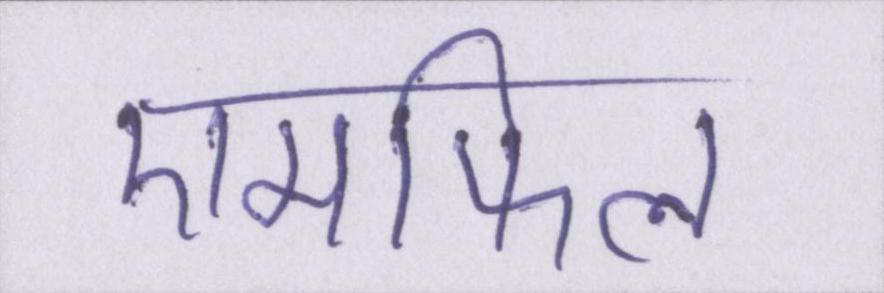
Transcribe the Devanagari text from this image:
एमफिल